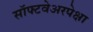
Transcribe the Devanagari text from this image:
सॉफ्टवेअरपेक्षा